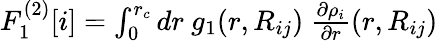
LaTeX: \begin{array}{r}{F_{1}^{(2)}[i]=\int_{0}^{r_{c}}dr~g_{1}(r,R_{ij})~\frac{\partial\rho_{i}}{\partial r}(r,R_{ij})}\end{array}